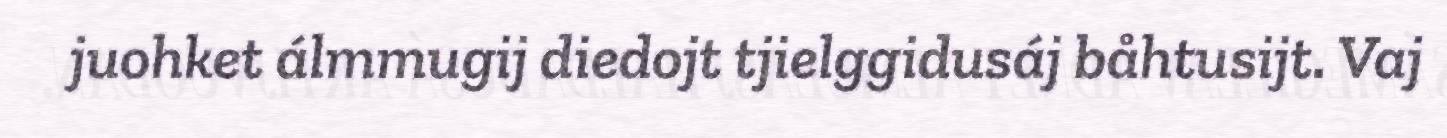
juohket álmmugij diedojt tjielggidusáj båhtusijt. Vaj